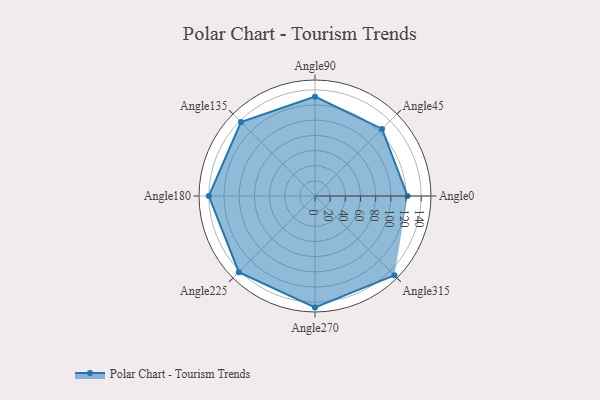
{"axis": {"x": "Angle", "y": "Radius"}, "legend": [""], "data": [{"x": "Angle0", "y": 122.0, "type": ""}, {"x": "Angle45", "y": 125.0, "type": ""}, {"x": "Angle90", "y": 131.0, "type": ""}, {"x": "Angle135", "y": 138.0, "type": ""}, {"x": "Angle180", "y": 140.0, "type": ""}, {"x": "Angle225", "y": 142.0, "type": ""}, {"x": "Angle270", "y": 147.0, "type": ""}, {"x": "Angle315", "y": 148.0, "type": ""}]}